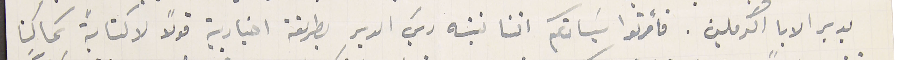
بدير الابا الكرملين. فأمرتوا سَيادتكم اننا ننبه ريسَ الدير بطريقة اخبارية قولًا لاكتابةً كما كنا